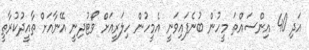
އަދި 40 އިންސައްތަ މީހުން ބުނެފައިވަނީ އެމީހުން ހިލަރީއަށް ވޯޓުދިނީ އޭނާއަށް ތާއީދުކުރާތީ